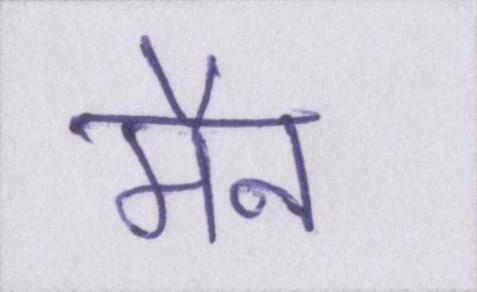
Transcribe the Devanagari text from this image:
मैन